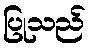
ပြုသည်